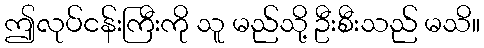
ဤလုပ်ငန်းကြီးကို သူ မည်သို့ ဦးစီးသည် မသိ။